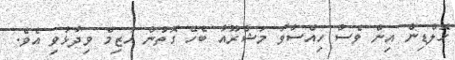
ހޮލްޑިން އިން ވެސް ހިއްސާވާ މަޝްރޫއާ ބެހޭ ގޮތުން އާޒިމް ވިދާޅުވި އެވެ.